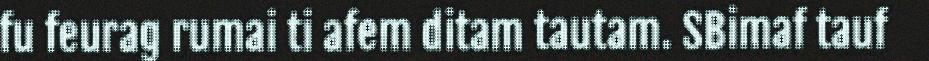
fu feurag rumai ti afem ditam tautam. SBimaf tauf